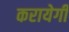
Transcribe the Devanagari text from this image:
करायेगी